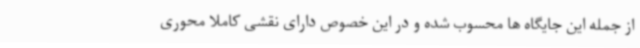
از جمله این جایگاه ها محسوب شده و در این خصوص دارای نقشی کاملا محوری